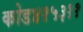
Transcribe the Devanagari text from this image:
कोड४१५३११